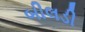
બીલડી